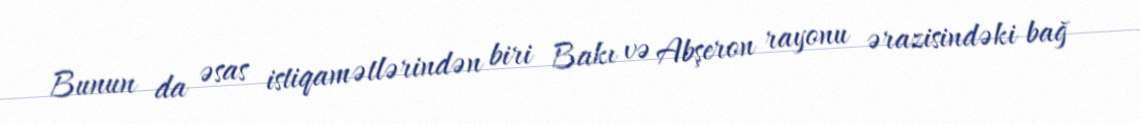
Bunun da əsas istiqamətlərindən biri Bakı və Abşeron rayonu ərazisindəki bağ